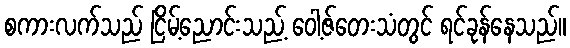
စကားလက်သည် ငြိမ့်ညောင်းသည့် ဝေါ့ဇ်တေးသံတွင် ရင်ခုန်နေသည်။